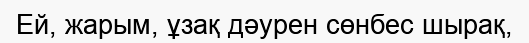
Ей, жарым, ұзақ дәурен сөнбес шырақ,